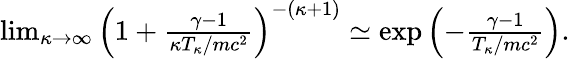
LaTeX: \begin{array}{r}{\operatorname*{lim}_{\kappa\to\infty}\left(1+\frac{\gamma-1}{\kappa T_{\kappa}/mc^{2}}\right)^{-(\kappa+1)}\simeq\exp\left(-\frac{\gamma-1}{T_{\kappa}/mc^{2}}\right).}\end{array}